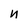
Character: n